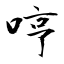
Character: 哼